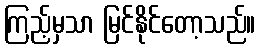
ကြည့်မှသာ မြင်နိုင်တော့သည်။